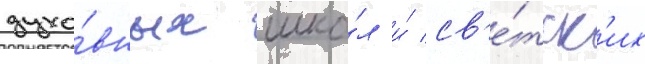
духо́вных шко́л и́ св'е́тск'их